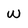
Character: w